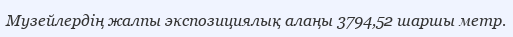
Музейлердің жалпы экспозициялық алаңы 3794,52 шаршы метр.